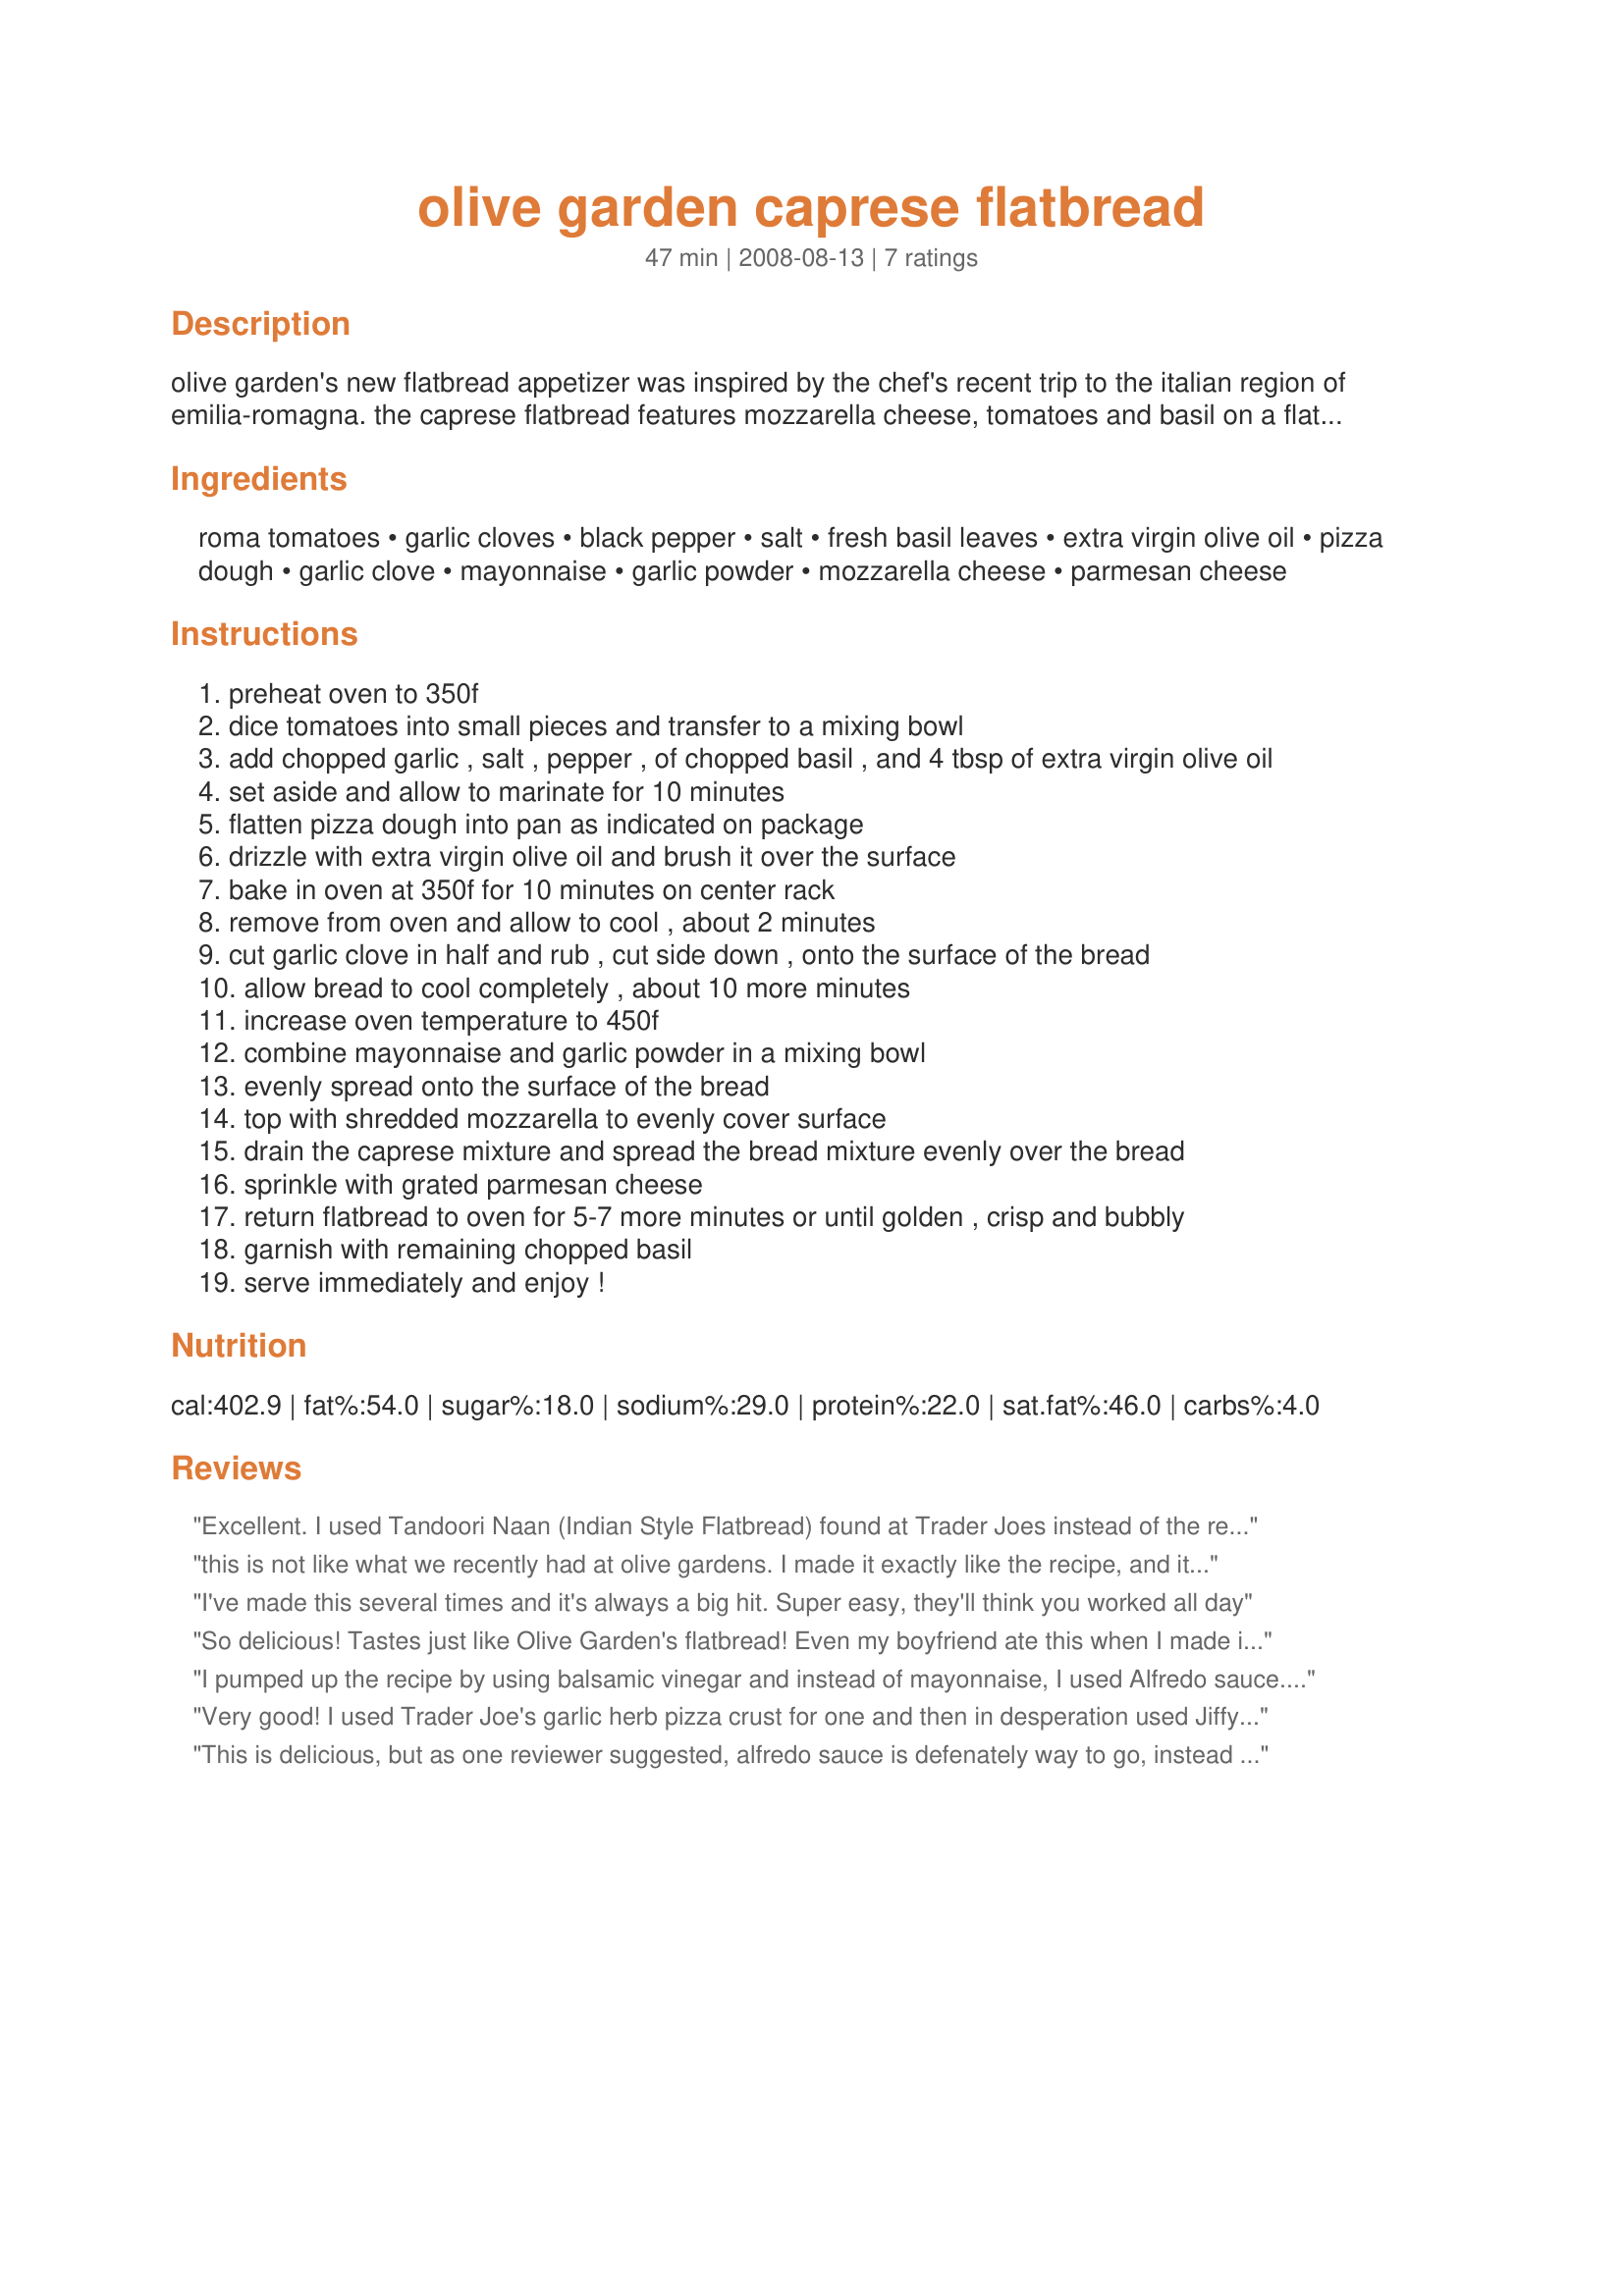
olive garden caprese flatbread
Preparation time: 47 minutes

olive garden's new flatbread appetizer was inspired by the chef's recent trip to the italian region of emilia-romagna. the caprese flatbread features mozzarella cheese, tomatoes and basil on a flatbread crust with a savory garlic aioli. a cooking demo from the experts at olive garden is available at www.olivegardennewfavorites.com. this recipe is the "at-home" version - you can also enjoy the new flatbread at your local olive garden restaurant.

Ingredients:
roma tomatoes, garlic cloves, black pepper, salt, fresh basil leaves, extra virgin olive oil, pizza dough, garlic clove, mayonnaise, garlic powder, mozzarella cheese, parmesan cheese

Steps:
preheat oven to 350f
dice tomatoes into small pieces and transfer to a mixing bowl
add chopped garlic , salt , pepper , of chopped basil , and 4 tbsp of extra virgin olive oil
set aside and allow to marinate for 10 minutes
flatten pizza dough into pan as indicated on package
drizzle with extra virgin olive oil and brush it over the surface
bake in oven at 350f for 10 minutes on center rack
remove from oven and allow to cool , about 2 minutes
cut garlic clove in half and rub , cut side down , onto the surface of the bread
allow bread to cool completely , about 10 more minutes
increase oven temperature to 450f
combine mayonnaise and garlic powder in a mixing bowl
evenly spread onto the surface of the bread
top with shredded mozzarella to evenly cover surface
drain the caprese mixture and spread the bread mixture evenly over the bread
sprinkle with grated parmesan cheese
return flatbread to oven for 5-7 more minutes or until golden , crisp and bubbly
garnish with remaining chopped basil
serve immediately and enjoy !

Reviews:
Excellent. I used Tandoori Naan (Indian Style Flatbread) found at Trader Joes instead of the refrigerated pizza dough. It came out great and one less preparation step.
this is not like what we recently had at olive gardens. I made it exactly like the recipe, and it wasn't satisfactory.. I made it on some crispy sourdough bread, and it was better, but still not like I had at Olive gardens.
I've made this several times and it's always a big hit. Super easy, they'll think you worked all day
So delicious! Tastes just like Olive Garden's flatbread! Even my boyfriend ate this when I made it :)
I pumped up the recipe by using balsamic vinegar and instead of mayonnaise, I used Alfredo sauce. I also added some Italian sausage to add some meat to it. The caramelization of Italian sausage definitely added more "umph" to the taste.
Very good! I used Trader Joe's garlic herb pizza crust for one and then in desperation used Jiffy Pizza Dough crust in a box. Both times it was delicious. It is also very flexible. The second time I used fresh mozzarella and added some artichoke hearts and kalamata olives. It was still good!
This is delicious, but as one reviewer suggested, alfredo sauce is defenately way to go, instead of mayo. I doubled the basil. Very fresh tasting!
